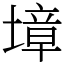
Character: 墇